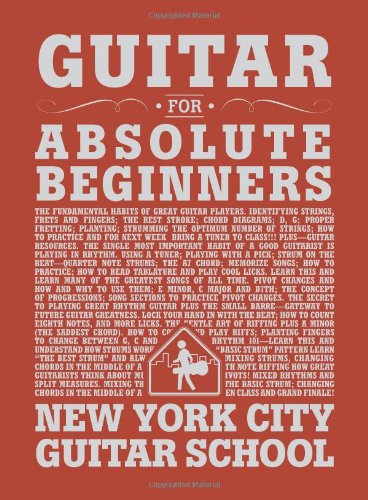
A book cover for Guitar For Absolute Beginners (for Guitar); Daniel Emery; Arts & Photography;